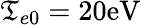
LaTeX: \mathfrak{T}_{e0}=20\textrm{{eV}}